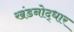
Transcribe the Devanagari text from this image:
खंडनोद्धार